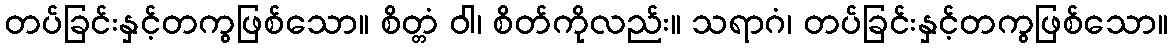
တပ်ခြင်းနှင့်တကွဖြစ်သော။ စိတ္တံ ဝါ၊ စိတ်ကိုလည်း။ သရာဂံ၊ တပ်ခြင်းနှင့်တကွဖြစ်သော။